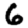
Digit: 6